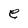
Character: e